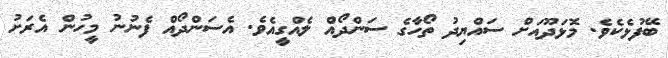
ބޭފުޅެކެވެ. މޮޅަދޫއަށް ސައްޔިދު ތޯހާގެ ސަންދޯއް ލެއްގީއެވެ. އެސަންދޯއް ފެނުނު މީހުން އެރަށު